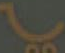
با